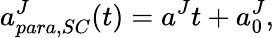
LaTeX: a_{para,SC}^{J}(t)=a^{J}t+a_{0}^{J},